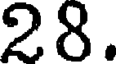
28.